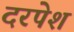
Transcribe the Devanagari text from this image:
दरपेश